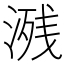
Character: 𣸶